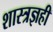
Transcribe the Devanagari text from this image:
शास्त्रज्ञही